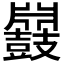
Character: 𪔥